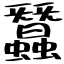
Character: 蠶